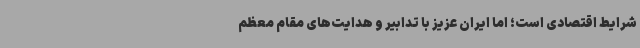
شرایط اقتصادی است؛ اما ایران عزیز با تدابیر و هدایت‌های مقام معظم